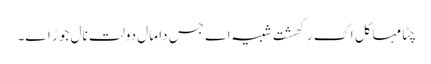
چِٹا مہاکل اک رکھشت شبیہ اے جس دا مال دولت نال جوڑ اے۔